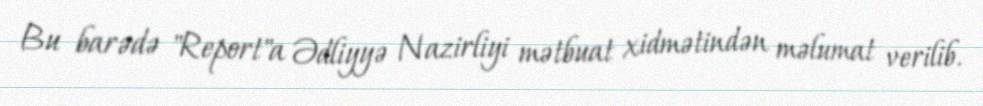
Bu barədə "Report"a Ədliyyə Nazirliyi mətbuat xidmətindən məlumat verilib.